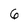
Character: 6